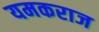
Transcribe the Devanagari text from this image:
यमकराज